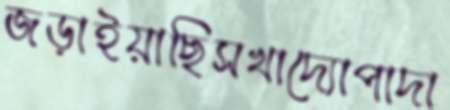
জড়াইয়াছিসখাদ্যোপাদা